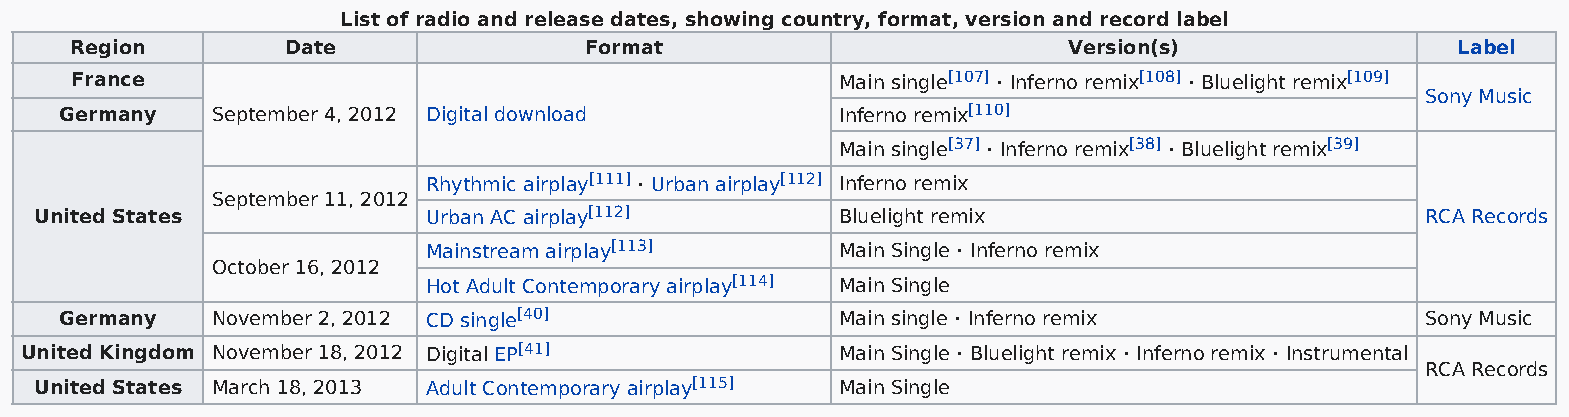
List of radio and release dates, showing country, format, version and record label
 Region        Date                Format                          Version(s)               Label
 France                                             Main single[107] · Inferno remix[108] · Bluelight remix[109]
 Sony Music
 Germany   September 4, 2012 Digital download        Inferno remix[110]
 Main single[37] · Inferno remix[38] · Bluelight remix[39]
 Rhythmic airplay[111] · Urban airplay[112] Inferno remix
 September 11, 2012
 United States             Urban AC airplay[112]       Bluelight remix                       RCA Records
 Mainstream airplay[113]     Main Single · Inferno remix
 October 16, 2012
 Hot Adult Contemporary airplay[114] Main Single
 Germany   November 2, 2012 CD single[40]            Main single · Inferno remix           Sony Music
 United Kingdom November 18, 2012 Digital EP[41]        Main Single · Bluelight remix · Inferno remix · Instrumental
 RCA Records
 United States March 18, 2013 Adult Contemporary airplay[115] Main Single